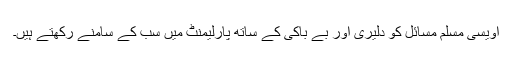
اویسی مسلم مسائل کو دلیری اور بے باکی کے ساتھ پارلیمنٹ میں سب کے سامنے رکھتے ہیں۔